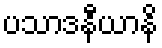
ပသာဒနီယာနိ